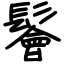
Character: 鬠